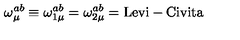
\qquad \qquad \omega _ { \mu } ^ { a b } \equiv \omega _ { 1 \mu } ^ { a b } = \omega _ { 2 \mu } ^ { a b } = \mathrm { L e v i - C i v i t a }